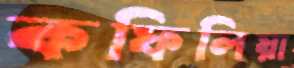
কফিলিয়া